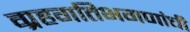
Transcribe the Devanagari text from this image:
ग्रहगतिभगणांची